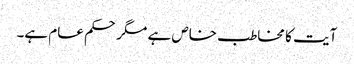
آیت کا مخاطب خاص ہے مگر حکم عام ہے۔